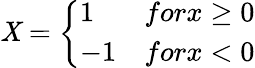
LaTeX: \mathit{X}=\left\{ \begin{array}{ll}{1}&{forx\ge 0}\\ {-1}&{forx<0}\end{array}\right.